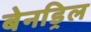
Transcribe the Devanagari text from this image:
बेनड्रिल